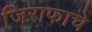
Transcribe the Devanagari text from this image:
जिराफाचे